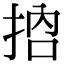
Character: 𢬷